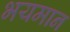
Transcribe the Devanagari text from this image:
भयमान